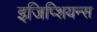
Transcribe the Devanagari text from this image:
इजिप्शियन्स